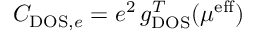
C _ { \mathrm { D O S } , e } = e ^ { 2 } \, g _ { \mathrm { D O S } } ^ { T } ( \mu ^ { \mathrm { e f f } } )